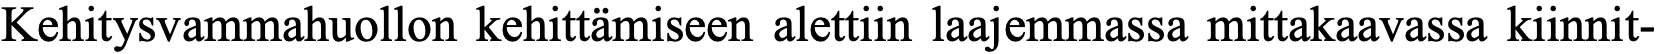
Kehitysvammahuollon kehittämiseen alettiin laajemmassa mittakaavassa kiinnit-